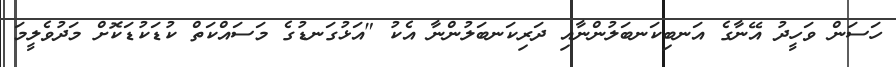
ހަސަން ވަހީދު އޭނާގެ އަނބިކަނބަލުންނާއި ދަރިކަނބަލުންނާ އެކު "އަޅުގަނޑުގެ މަސައްކަތް ކުޑަކުޑަކޮށް މަދުވެލީމަ